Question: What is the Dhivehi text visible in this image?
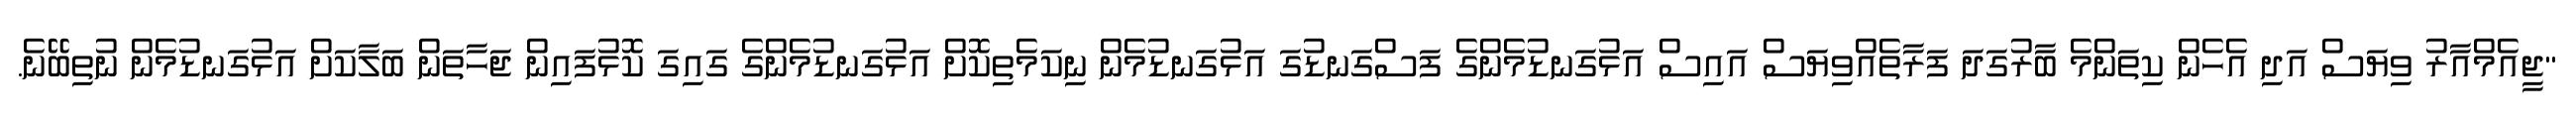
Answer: "ޖީއެމްއާރު ވިޔަސް އަދި އެހެން ކިތަންމެ ބާރުގަދަ ފަރާތެއްވިޔަސް އައިސް އަޅުގަނޑުމެންގެ ފަސްގަނޑުގަ އަޅުގަނޑުމެން ނިކަމެތިކޮށް އަޅުގަނޑުމެންގެ ގައިގަ ކޮޅުފައިން ޖަހާތަން ބަލާކަށް އަޅުގަނޑުމެން ނުތިބޭނެ.